Civil Veterinary Dept. North-West Frontier Province 1933-46 - 1933-1946
Year: 1933
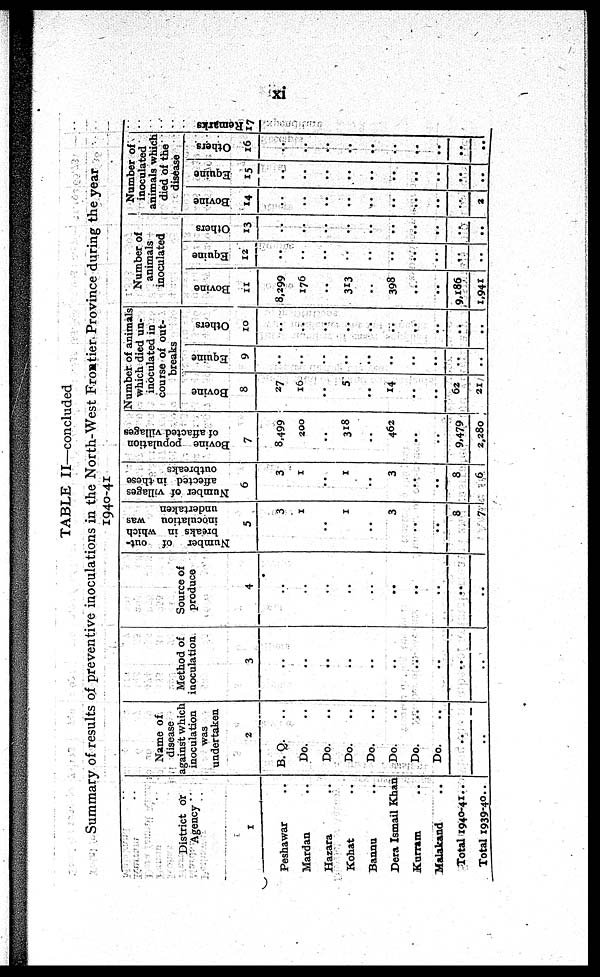
xi
TABLE II—concluded
Summary of results of preventive inoculations in the North-West Frontier Province during the year
1940-41
District or
Agency
1
Peshawar ..
Mardan ..
Hazara ..
Kohat ..
Bannu ..
Dera Ismail Khan ..
Kurram ..
Malakand ..
Total 1940-41 ..
Total 1939-40 ..
Name of
disease
against which
inoculation
was
undertaken
2
B. Q. ..
Do. ..
Do. ..
Do. ..
Do. ..
Do. ..
Do. ..
Do. ..
..
..
Method of
inoculation
3
..
..
..
..
..
..
..
..
..
..
Source of
produce
4
..
..
..
..
..
..
..
..
..
..
Number of out-
br eaks in which
inoculation was
undertaken
5
3
1
..
1
..
3
..
..
8
7
Nu mb e r of villages
affected in these
outbreaks
6
3
1
..
1
..
3
..
..
8
6
Bovi ne population
of affacted villages
7
8,499
200
..
318
..
462
..
..
9,479
2,280
Number of animals
which died un-
inoculated in
course of out-
breaks
Bovince
8
27
16
..
5
..
14
..
..
62
21
Equine
9
..
..
..
..
..
..
..
..
..
..
Others
10
..
..
..
..
..
..
..
..
..
..
Number of
animals
inoculated
Bovince
11
8,299
176
..
313
..
398
..
..
9,186
1,941
Equine
12
..
..
..
..
..
..
..
..
..
..
Others
13
..
..
..
..
..
..
..
..
..
..
Number of
inoculated
animals which
died of the
disease
Bovince
14
..
..
..
..
..
..
..
..
..
2
Equine
15
..
..
..
..
..
..
..
..
..
Others
16
..
..
..
..
..
..
..
..
..
..
Remarks
17